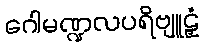
ဂေါမဏ္ဍလပရိဗျူဠှံ